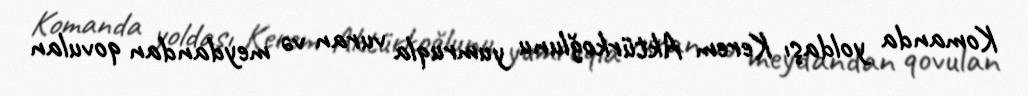
Komanda yoldaşı Kerem Aktürkoğlunu yumruqla vuran və meydandan qovulan